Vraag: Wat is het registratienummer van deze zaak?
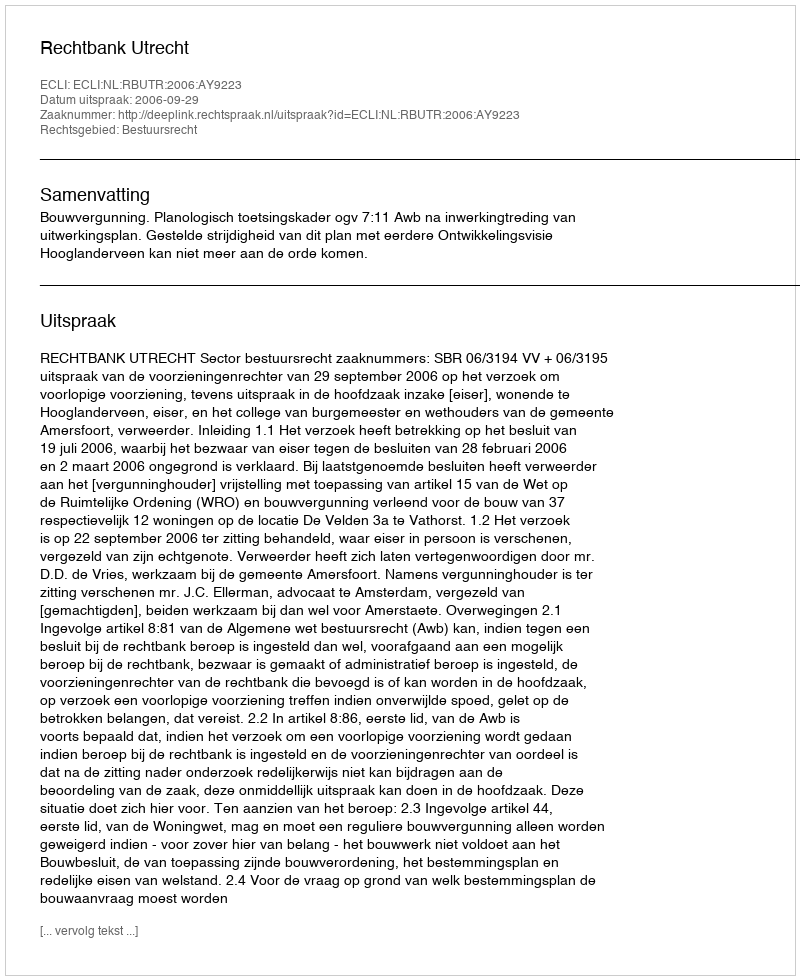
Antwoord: http://deeplink.rechtspraak.nl/uitspraak?id=ECLI:NL:RBUTR:2006:AY9223